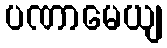
ပဏာမေယျ